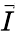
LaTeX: \vec{I}